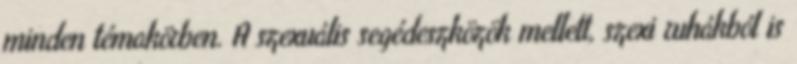
minden témakörben. A szexuális segédeszközök mellett, szexi ruhákból is